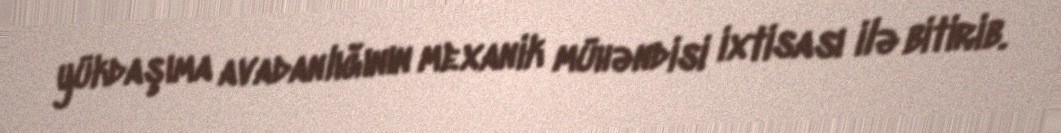
yükdaşıma avadanlığının mexanik mühəndisi ixtisası ilə bitirib.